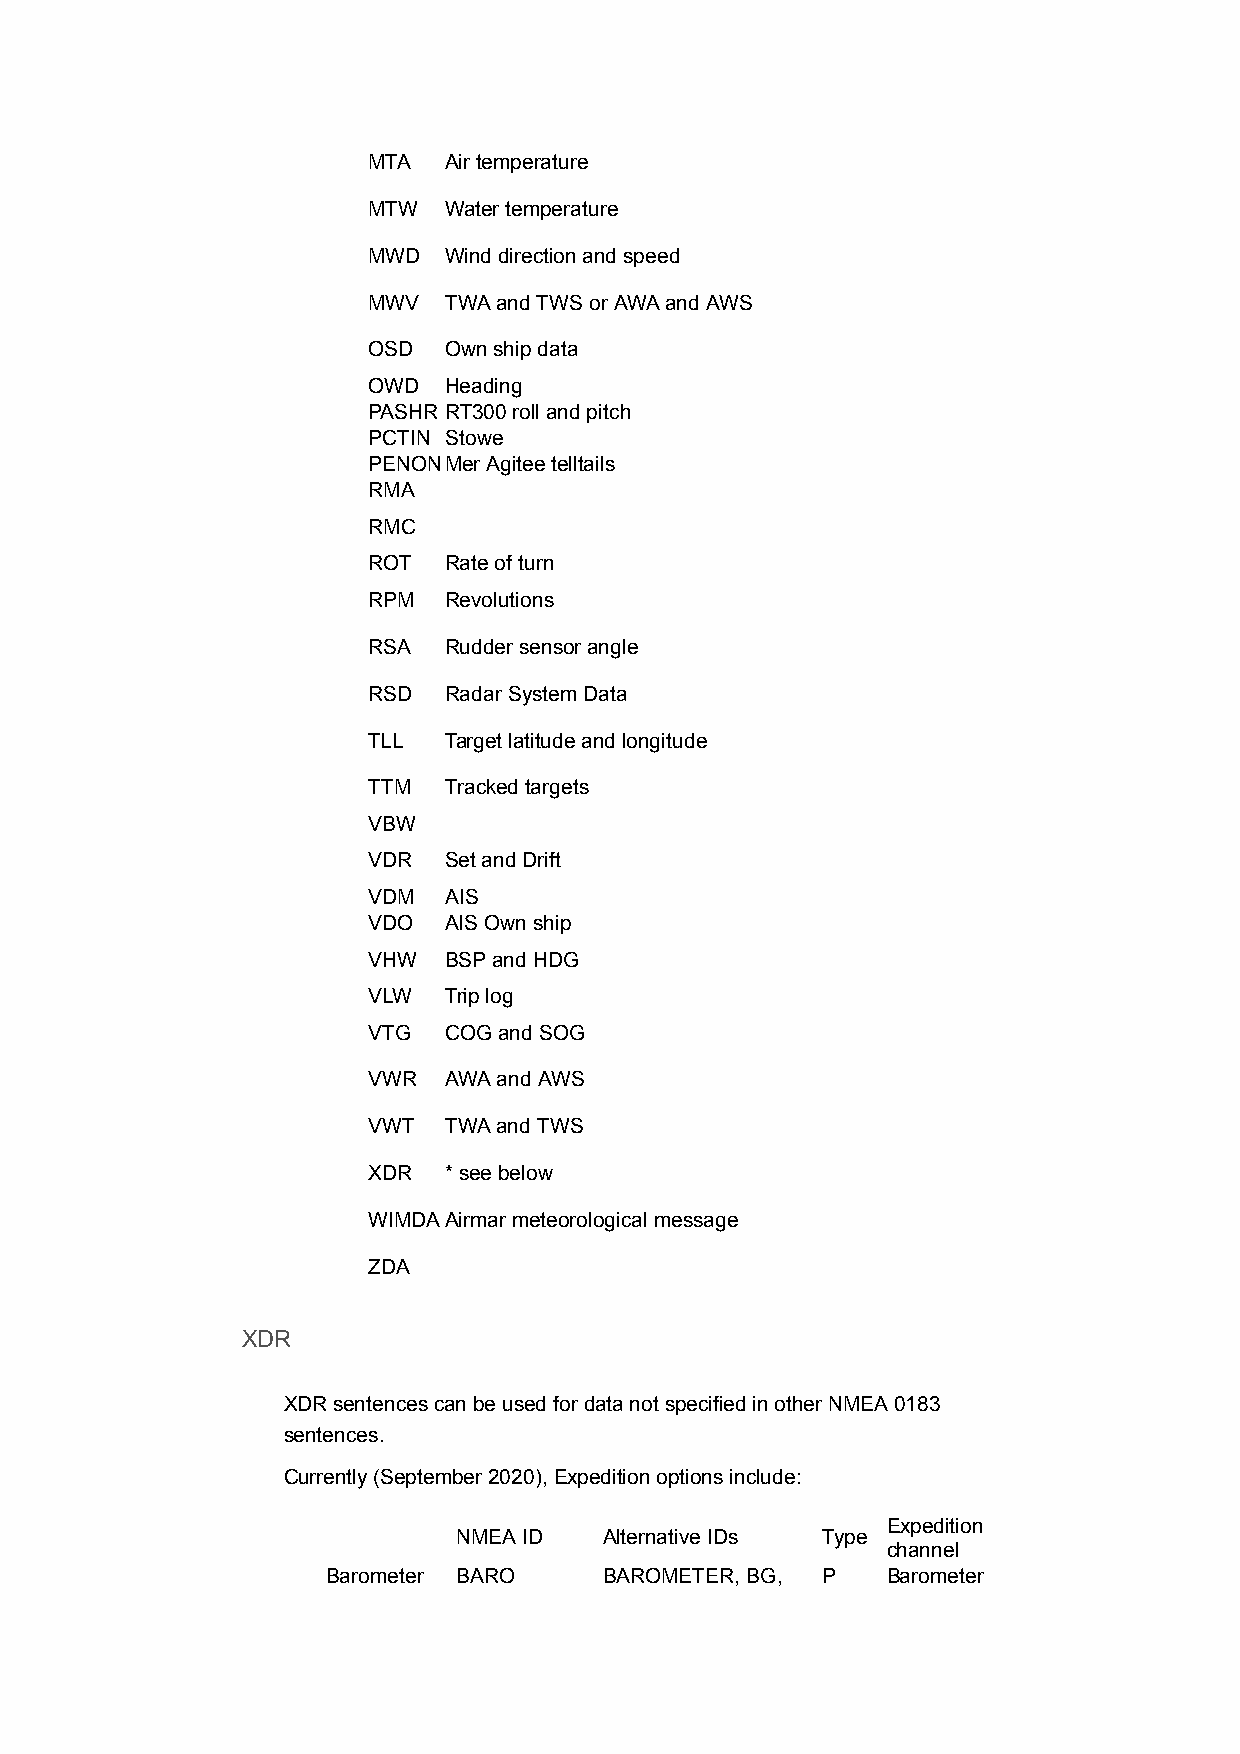
MTA  Air temperature
 MTW  Water temperature
 MWD  Wind direction and speed
 MWV  TWA and TWS or AWA and AWS
 OSD  Own ship data
 OWD  Heading
 PASHR RT300 roll and pitch
 PCTIN Stowe
 PENONMer Agitee telltails
 RMA
 RMC
 ROT  Rate of turn
 RPM  Revolutions
 RSA  Rudder sensor angle
 RSD  Radar System Data
 TLL  Target latitude and longitude
 TTM  Tracked targets
 VBW
 VDR  Set and Drift
 VDM  AIS
 VDO  AIS Own ship
 VHW  BSP and HDG
 VLW  Trip log
 VTG  COG and SOG
 VWR  AWA and AWS
 VWT  TWA and TWS
 XDR  * see below
 WIMDAAirmar meteorological message
 ZDA
 XDR
 XDR sentences can be used for data not specified in other NMEA 0183
 sentences.
 Currently (September 2020), Expedition options include:
 Expedition
 NMEA ID   Alternative IDs Type
 channel
 Barometer BARO    BAROMETER, BG, P   Barometer